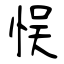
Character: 悮